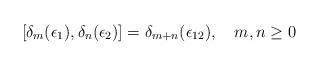
LaTeX: \begin{align*}[\delta_m (\epsilon_1), \delta_n (\epsilon_2)]= \delta_{m + n} (\epsilon_{12}), \quad m,n \geq 0\end{align*}